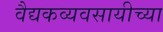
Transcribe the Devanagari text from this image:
वैद्यकव्यवसायीच्या